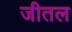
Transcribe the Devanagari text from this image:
जीतल